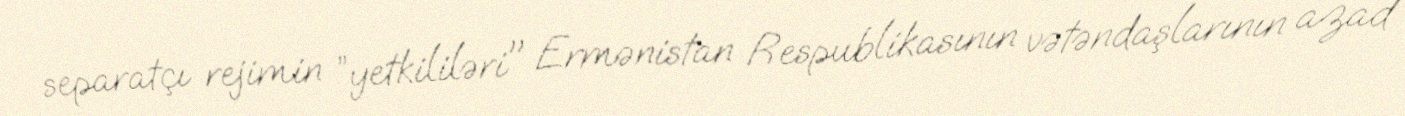
separatçı rejimin ”yetkililəri" Ermənistan Respublikasının vətəndaşlarının azad